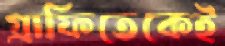
গ্রাফিতেকেই